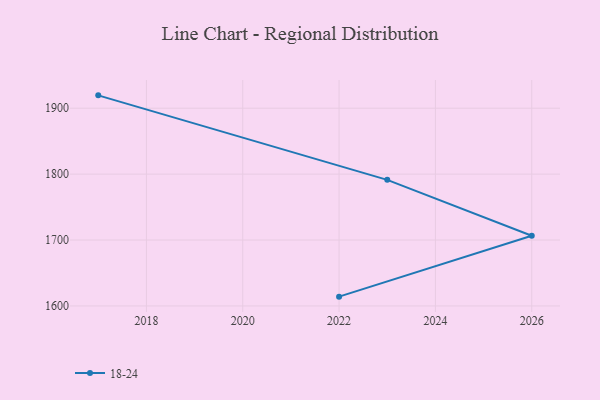
{"axis": {"x": "Year", "y": "Revenue (USD Million)"}, "legend": ["18-24"], "data": [{"x": "2017", "y": 1919.5, "type": "18-24"}, {"x": "2023", "y": 1791.3, "type": "18-24"}, {"x": "2026", "y": 1706.5, "type": "18-24"}, {"x": "2022", "y": 1614.1, "type": "18-24"}]}